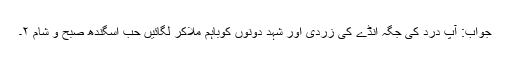
جواب: آپ درد کی جگہ انڈے کی زردی اور شہد دونوں کوباہم ملاکر لگائیں حب اسگندھ صبح و شام ۲۔